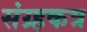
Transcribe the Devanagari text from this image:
संग्र्हकत्र